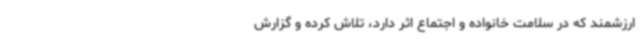
ارزشمند که در سلامت خانواده و اجتماع اثر دارد، تلاش کرده و گزارش